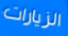
الزيارات